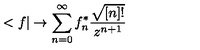
< f | \rightarrow \sum _ { n = 0 } ^ { \infty } f _ { n } ^ { * } \frac { \sqrt { [ n ] ! } } { z ^ { n + 1 } }